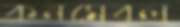
কনমেবল